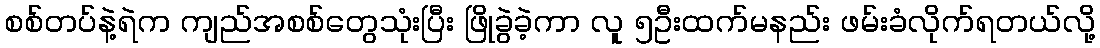
စစ်တပ်နဲ့ရဲက ကျည်အစစ်တွေသုံးပြီး ဖြိုခွဲခဲ့ကာ လူ ၅ဦးထက်မနည်း ဖမ်းခံလိုက်ရတယ်လို့